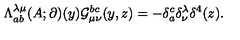
\Lambda _ { a b } ^ { \lambda \mu } ( A ; \partial ) ( y ) { \cal G } _ { \mu \nu } ^ { b c } ( y , z ) = - \delta _ { a } ^ { c } \delta _ { \nu } ^ { \lambda } \delta ^ { 4 } ( z ) .